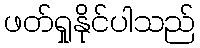
ဖတ်ရှုနိုင်ပါသည်